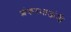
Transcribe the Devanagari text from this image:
शंकरभाऊंनी